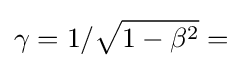
\gamma =1/{\sqrt {1-\beta ^{2}}}=